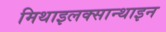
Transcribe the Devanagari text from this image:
मिथाइलक्सान्थाइन